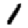
Digit: 1